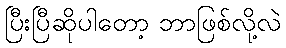
ပြီးပြီဆိုပါတော့ ဘာဖြစ်လို့လဲ